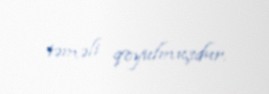
təməli qoyulmuşdur.